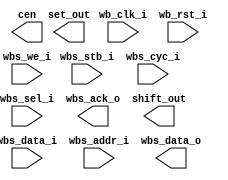
(* blackbox *)
module wishbone_configuratorinator #(
    parameter BASE_ADDR = 32'h3000_0000
) (
    input wb_clk_i,
    input wb_rst_i,
    input wbs_stb_i,
    input wbs_cyc_i,
    input wbs_we_i,
    input [3:0] wbs_sel_i,
    input [31:0] wbs_data_i,
    input [31:0] wbs_addr_i,
    output reg wbs_ack_o,
    output reg [31:0] wbs_data_o,
    output cen,
    output [3:0] set_out,
    output [3:0] shift_out
);
endmodule